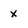
Character: x